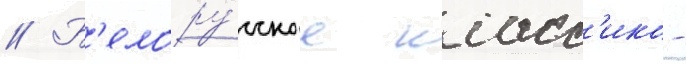
// Б'елору́сское класс'ико -